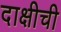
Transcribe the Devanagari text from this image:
दाक्षीची